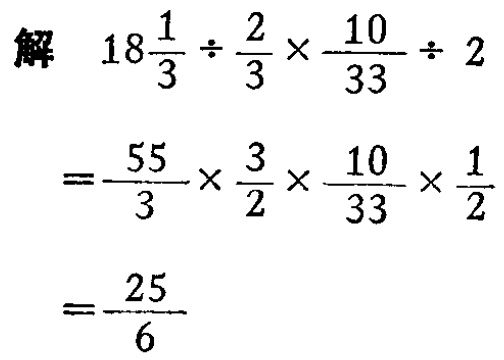
解

\[

\begin{align*}

18\frac{1}{3} \div \frac{2}{3} \times \frac{10}{33} \div 2&=\frac{55}{3} \times \frac{3}{2} \times \frac{10}{33} \times \frac{1}{2}\\

&=\frac{25}{6}

\end{align*}

\]